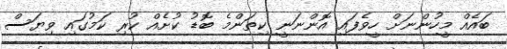
ބައެއް މީހުންނަށް ހީވެފައި އޮންނަނީ ކިތަންމެ ބޮޑު ކުށެއް ކުރި ކަމުގައި ވިޔަސް